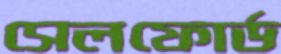
সেলফোর্ড